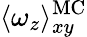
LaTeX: \langle\omega_{z}\rangle_{xy}^{\mathrm{MC}}